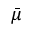
\bar { \mu }